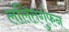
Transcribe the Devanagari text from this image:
ललितगुंफन